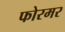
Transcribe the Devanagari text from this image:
फोरमर